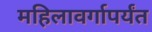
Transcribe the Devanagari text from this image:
महिलावर्गापर्यंत